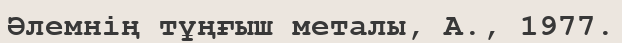
Әлемнің тұңғыш металы, А., 1977.